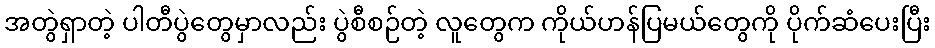
အတွဲရှာတဲ့ ပါတီပွဲတွေမှာလည်း ပွဲစီစဉ်တဲ့ လူတွေက ကိုယ်ဟန်ပြမယ်တွေကို ပိုက်ဆံပေးပြီး